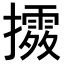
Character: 𢷛